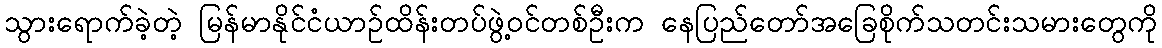
သွားရောက်ခဲ့တဲ့ မြန်မာနိုင်ငံယာဉ်ထိန်းတပ်ဖွဲ့ဝင်တစ်ဦးက နေပြည်တော်အခြေစိုက်သတင်းသမားတွေကို